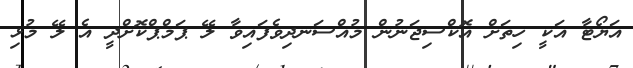
އަޔޯޓާ އަކީ ހިތަށް އޮކްސިޖަނުން މުއްސަނދިވެފައިވާ ލޭ ޕަމްޕްކޮށްދީ އެ ލޭ މުޅި